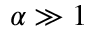
\alpha \gg 1